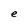
Character: e